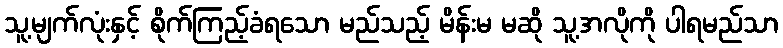
သူ့မျက်လုံးနှင့် စိုက်ကြည့်ခံရသော မည်သည့် မိန်းမ မဆို သူ့အလိုကို ပါရမည်သာ